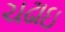
ચઢાઇ